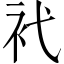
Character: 䘝